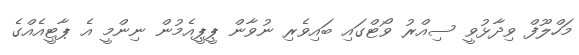
މަހްލޫފް ވިދާޅުވީ ސިއްރު ވޯޓްގައި ބައިވެރި ނުވާން ޕީޕީއެމުން ނިންމީ އެ ޕާޓީއެއްގެ